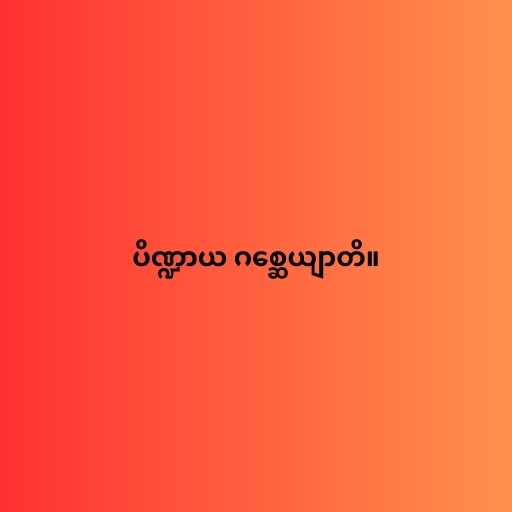
ပိဏ္ဍာယ ဂစ္ဆေယျာတိ။